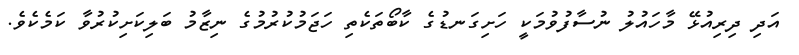
އަދި ދިރިއުޅޭ މާހައުލު ނުސާފުވުމަކީ ހަށިގަނޑުގެ ކާބޯތަކެތި ހަޖަމުކުރުމުގެ ނިޒާމު ބަލިކަށިކުރުވާ ކަމެކެވެ.